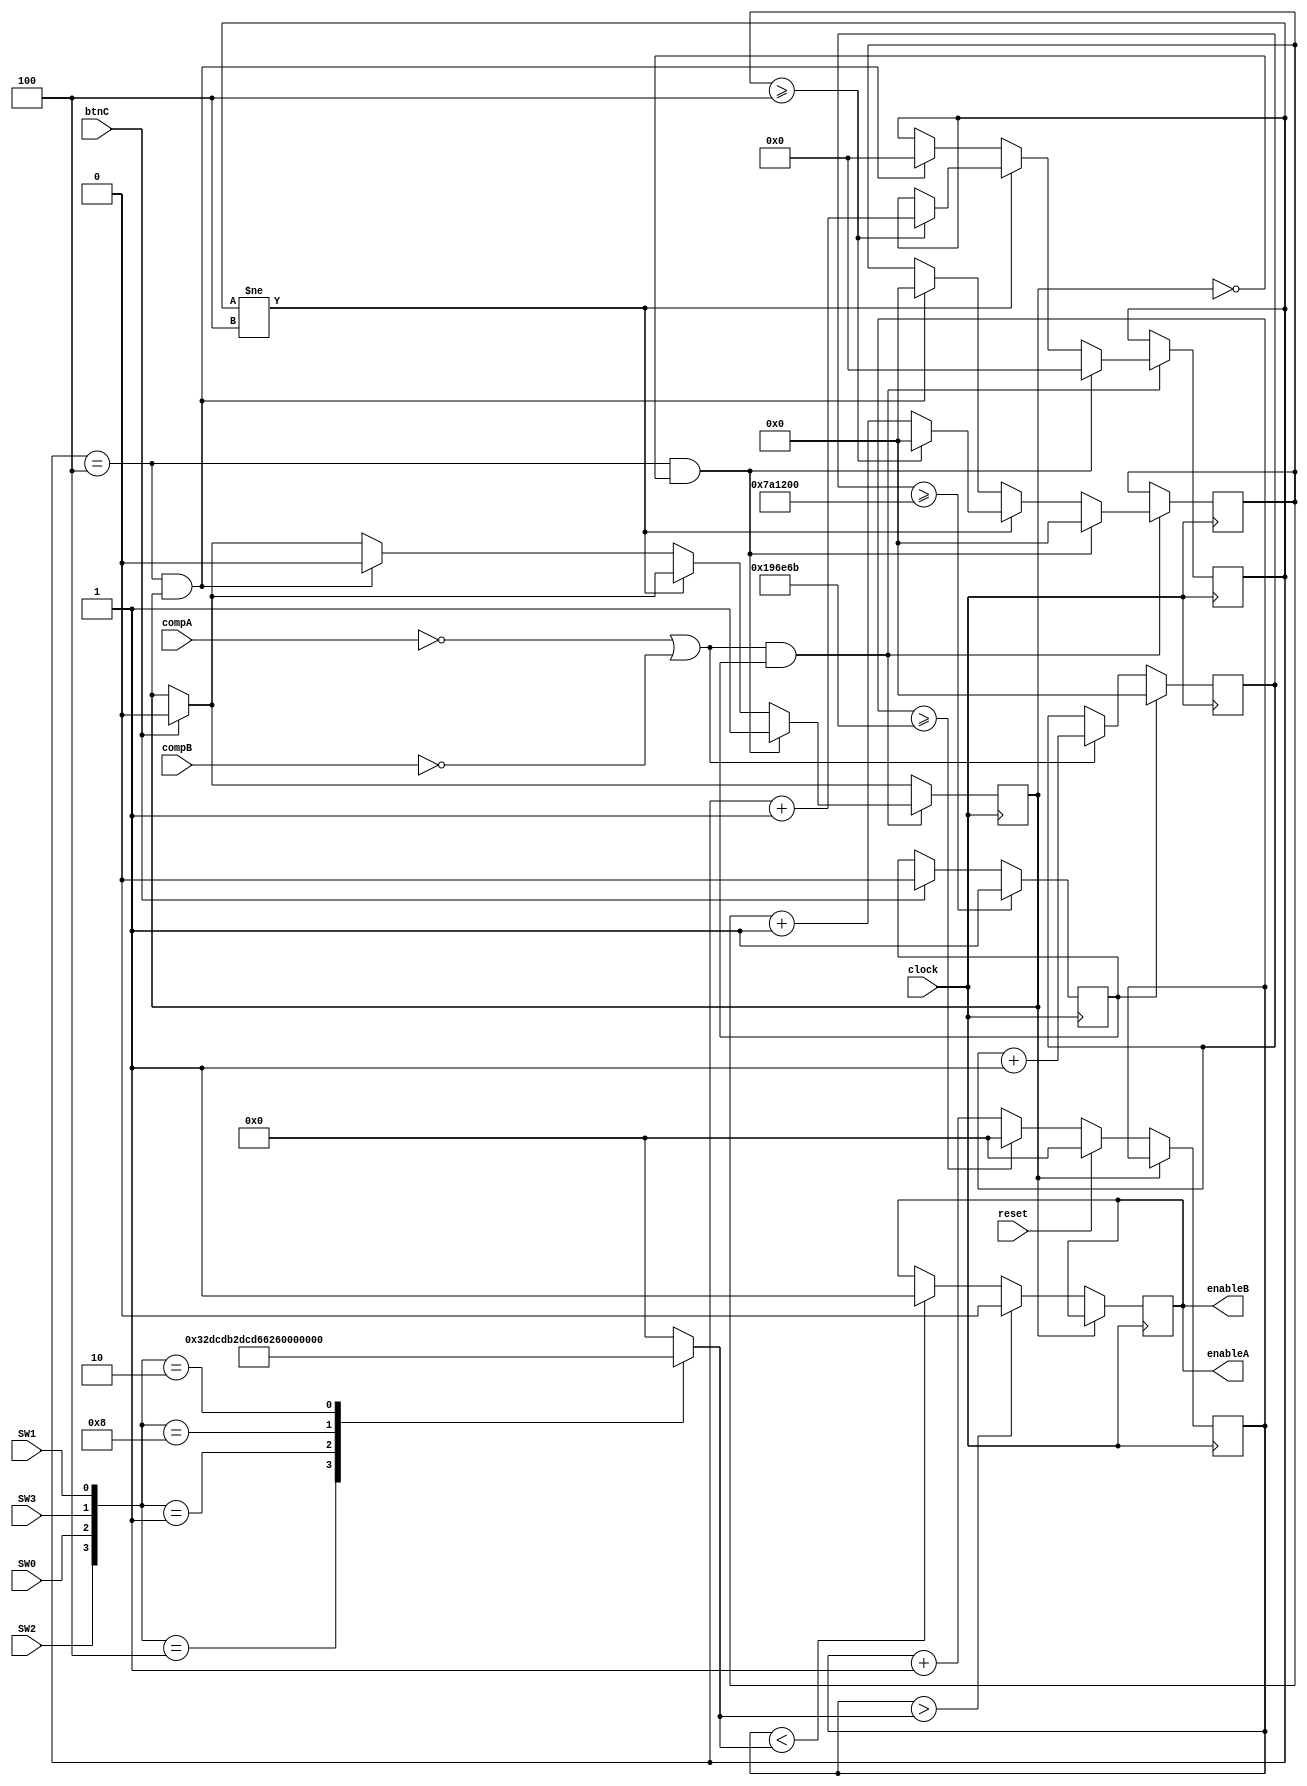
`timescale 1ns / 1ps
//////////////////////////////////////////////////////////////////////////////////
// Company: 
// Engineer: 
// 
// Design Name: 
// Module Name: Nano_PWM
// Project Name: 
// Target Devices: 
// Tool Versions: 
// Description: 
// 
// Dependencies: 
// 
// Revision:
// Revision 0.01 - File Created
// Additional Comments:
// 
//////////////////////////////////////////////////////////////////////////////////


module Pico_PWM(
    input clock,
    input reset, btnC,
    input SW0,SW1,SW2,SW3, compA, compB,
    output enableA, enableB
);
    reg temp_PWM;
    reg [20:0] counter;
    reg [20:0] speed;
    reg [32:0] bufferCounter_clock, surge_clock;
    reg [5:0] bufferCounter;
    reg compBuffer, stop;

    initial begin
        //speed and direction
        counter = 0;
        speed =0;
        temp_PWM = 0;
        compBuffer = 0;
        bufferCounter = 4;
        stop = 0;
        surge_clock = 0;
    end

    always@(posedge clock) begin // updates during every rising edge of the clock
    if (btnC) begin
    stop <= 0;
    compBuffer <= 0;
    end
    
        if(stop == 0) begin
            if (!compA || !compB)
            surge_clock <= surge_clock + 1;
            end
        else begin
        surge_clock <= 0;
        end
        if (surge_clock >= 8000000)
        stop <= 1;
        
    
        if ((!compA || !compB) && stop) begin                       // if either motor triggers overcurrent protection

            if (bufferCounter == 4 && !compBuffer) begin            // if the counter has finished (or has just been initialized) and the buffer flag is not set --> begin
            compBuffer <= 1;                                        // enable the buffer flag; 
            bufferCounter <= 0;                                     // reset the higher-level precision counter;
            bufferCounter_clock <= 0;                               // reset the lower-level clock counter;
            end
            
            else if (bufferCounter != 4) begin                      // change bufferCounter for easier buffer time control. change between "if" or "while" if error
                bufferCounter_clock <= bufferCounter_clock + 1;     // try a blocking statement here if needed
                if (bufferCounter_clock >= 4) begin                 // arbitrary large number
                    bufferCounter_clock <= 0;                       // reset large number
                    bufferCounter <= bufferCounter + 1;             // increment precision counter
                end
            end

           else if(bufferCounter == 4 && compBuffer) begin          // once the buffer is finished
                bufferCounter_clock <= 0;                           // reset the buffer clock (extraneous, use for debugging)
                bufferCounter <= 0;                                 // reset the buffer precision counter (extraneous, use for debugging)
                compBuffer <= 0;                                    // disable the buffer flag
            end

        end
        if (!compBuffer) begin                                      // if the buffer flag is not set
            if(reset)                                               // if the reset button is pressed
                counter <= 0;                                       // reset the PWM clock counter
            else if (counter >= 1666667)                            // if the PWM clock has completed one cycle
                counter <= 0;                                       // reset the clock counter
            else
                counter <= counter + 1;                             // else, increment the clock counter
            if(counter < speed)                                     // if the clock counter's width is less than the pulse width set by the switch case statement
                temp_PWM <= 1;                                      // set the PWM output as HIGH     
            if (counter > speed)                                    // else
                temp_PWM <= 0;                                      // set the PWM output as LOW
        end
    end

    always @ (*) begin                    // at every positive and negative edge of the clock
        case({SW2,SW0,SW3,SW1})           // if SW0, SW1, SW2, or SW3 are on:

            4'b0100: speed = 21'd416667;  // 25% duty cycle
            4'b0001: speed = 21'd833333;  // 50% duty cycle
            4'b1000: speed = 21'd1250000; // 75% duty cycle
            4'b0010: speed = 21'd1566667; // 94% duty cycle
            default : speed= 21'd0;       // 0% duty cycle
        endcase
    end


    assign enableA = temp_PWM;            // assign the enable pin of motor A to temp_PWM
    assign enableB = temp_PWM;            // assign the enable pin of motor B to temp_PWM
endmodule